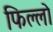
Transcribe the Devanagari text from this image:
फिल्लो